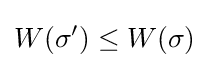
W(\sigma ')\leq W(\sigma )